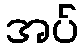
အပ်